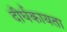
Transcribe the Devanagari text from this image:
दीर्घकायता